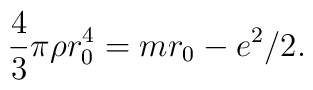
\frac 4 3 \pi \rho r_0^4=mr_0-e^2/2.